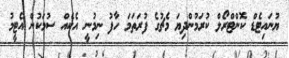
ޔުނައިޓެޑް ކޮންޓްރޯލް ކުރަމުންދިޔަ މެޗުގެ ފުރަތަމަ ހާފު ނިމުނީ އެކެއް ސުމަކުން އެޓީމު